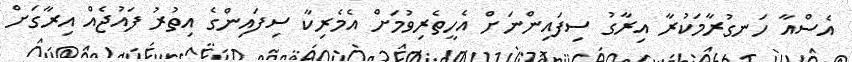
އެސްއާ ހަނގުރާމަކުރާ އިރާގު ސިފައިންނަށް އެހީތެރިވުމަށް އެމެރިކާ ސިފައިންގެ އިތުރު ފައުޖެއް އިރާގަށް